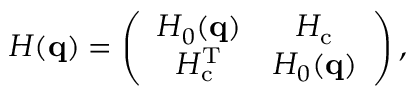
H ( \mathbf { q } ) = \left( \begin{array} { c c } { H _ { 0 } ( \mathbf { q } ) } & { H _ { \mathrm { c } } } \\ { H _ { \mathrm { c } } ^ { \mathrm { T } } } & { H _ { 0 } ( \mathbf { q } ) } \end{array} \right) ,